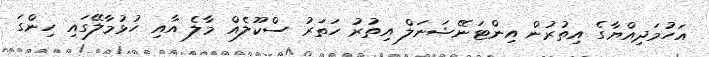
އަހުމަދިއްޔާގެ އިތުރުން އިންޓަނޭޝަނަލް އިތުރު ހަތަރު ސްކޫލެއް މާލެ އާއި ހުޅުމާލޭގައި ހިންގަ